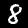
Digit: 8